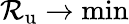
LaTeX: \mathcal{R}_{\mathrm{{u}}}\to\operatorname*{min}